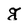
Character: g